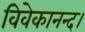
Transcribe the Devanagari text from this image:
विवेकानन्द।